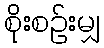
စိုးစဉ်းမျှ